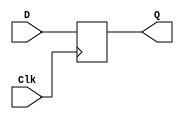
`timescale 1ns / 1ps
//////////////////////////////////////////////////////////////////////////////////
// Company: 
// Engineer: 
// 
// Design Name: 
// Module Name: shiftReg
// Project Name: 
// Target Devices: 
// Tool Versions: 
// Description: 
// 
// Dependencies: 
// 
// Revision:
// Revision 0.01 - File Created
// Additional Comments:
// 
//////////////////////////////////////////////////////////////////////////////////


module dff(
input D,
input Clk,
output reg Q
);

initial Q = 0;

always @(posedge Clk)
begin
Q <= D;
end
endmodule

module shiftReg4(
input In,
input Clk,
output [3:0] Out
);

dff d1(In, Clk, Out[0]);
dff d2(Out[0], Clk, Out[1]);
dff d3(Out[1], Clk, Out[2]);
dff d4(Out[2], Clk, Out[3]);

endmodule